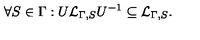
\forall S \in \Gamma : U { \cal L } _ { \Gamma , S } U ^ { - 1 } \subseteq { \cal L } _ { \Gamma , S } .